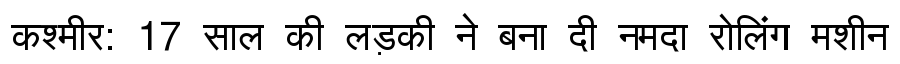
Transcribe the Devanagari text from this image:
कश्मीर: 17 साल की लड़की ने बना दी नमदा रोलिंग मशीन